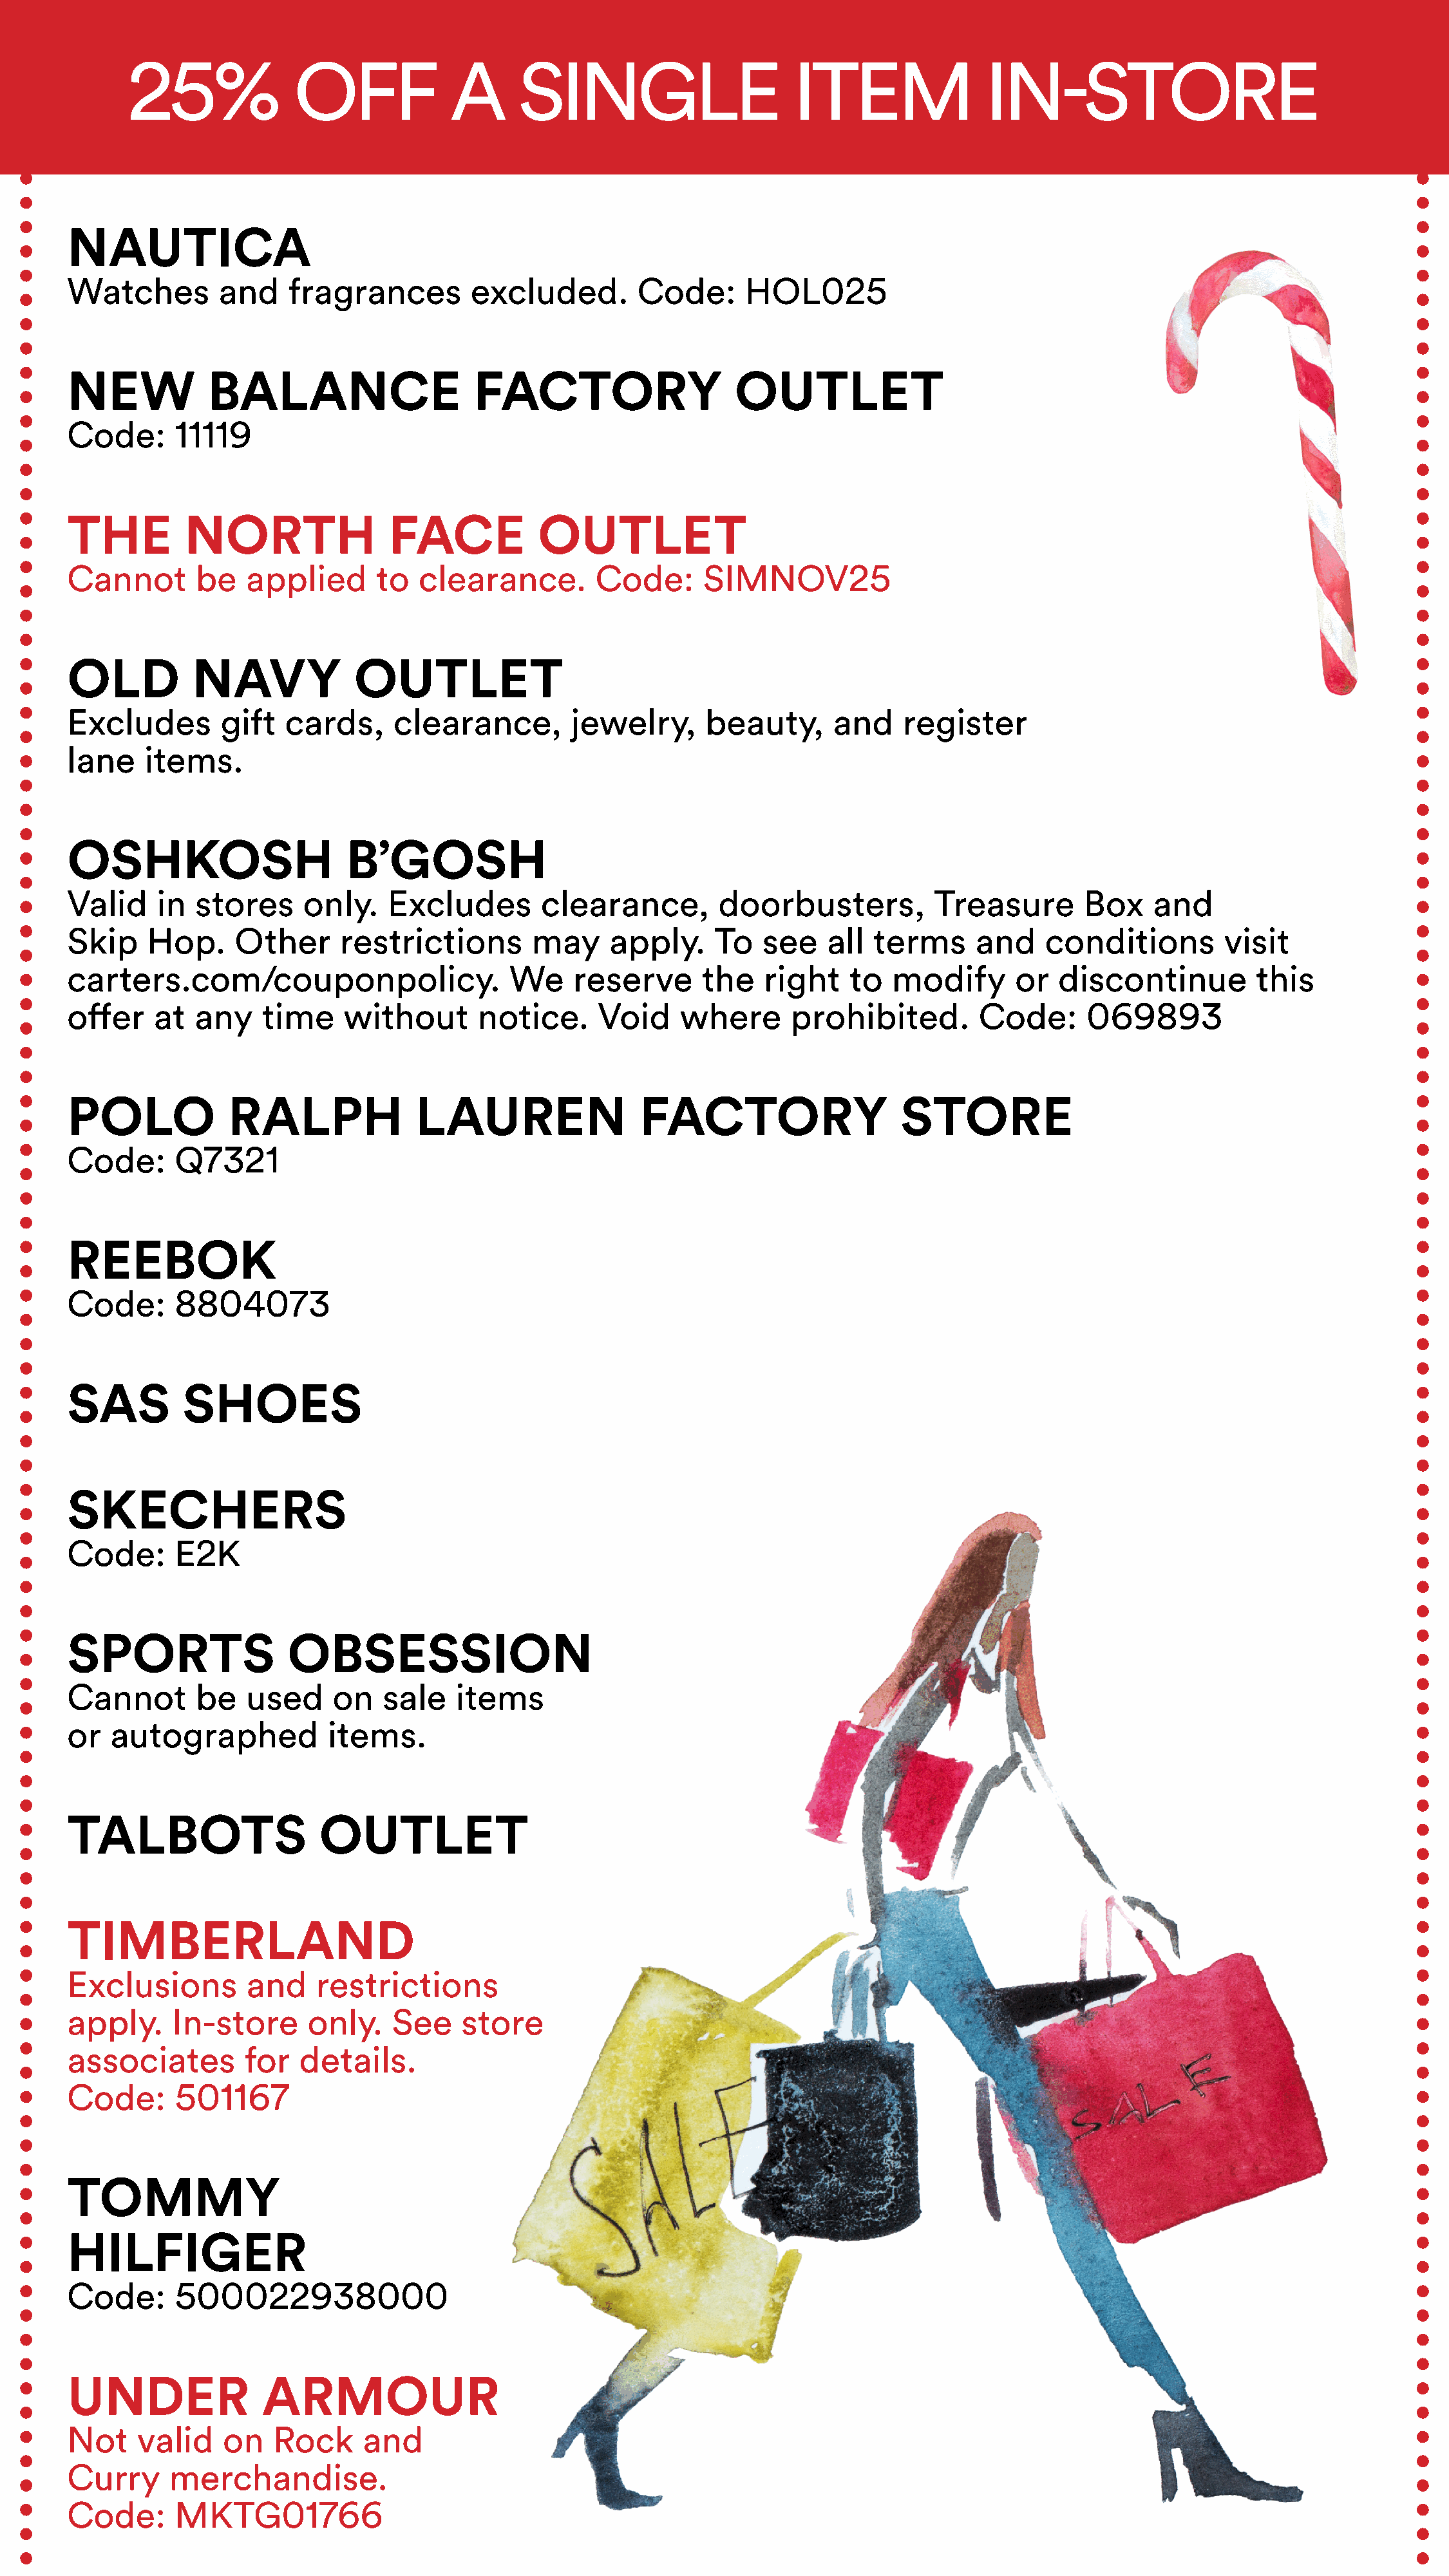
25%              OFF             A      SINGLE                       ITEM               IN-STORE
 NAUTICA
 Watches        and     fragrances        excluded.         Code:      HOL025
 NEW           BALANCE                     FACTORY                    OUTLET
 Code:      11119
 THE         NORTH                FACE           OUTLET
 Cannot       be   applied       to  clearance.        Code:      SIMNOV25
 OLD          NAVY            OUTLET
 Excludes        gift  cards,     clearance,         jewelry,     beauty,       and    register
 lane    items.
 OSHKOSH                      B’GOSH
 Valid    in  stores     only.    Excludes        clearance,        doorbusters,          Treasure       Box     and
 Skip    Hop.     Other      restrictions        may     apply.    To   see    all  terms     and    conditions         visit
 carters.com/couponpolicy.                    We     reserve      the    right   to   modify      or   discontinue         this
 offer    at  any    time    without       notice.     Void     where      prohibited.         Code:      069893
 POLO            RALPH               LAUREN                 FACTORY                    STORE
 Code:      Q7321
 REEBOK
 Code:      8804073
 SAS         SHOES
 SKECHERS
 Code:      E2K
 SPORTS                 OBSESSION
 Cannot       be   used     on   sale    items
 or  autographed            items.
 TALBOTS                   OUTLET
 TIMBERLAND
 Exclusions        and    restrictions
 apply.     In-store      only.   See    store
 associates        for   details.
 Code:      501167
 TOMMY
 HILFIGER
 Code:      500022938000
 UNDER               ARMOUR
 Not    valid    on   Rock     and
 Curry     merchandise.
 Code:      MKTG01766